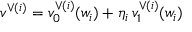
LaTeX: v ^ { \vee { ( i ) } } = v _ { 0 } ^ { \vee ( i ) } ( w _ { i } ) + \eta _ { i } \, v _ { 1 } ^ { \vee ( i ) } ( w _ { i } )